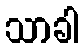
သာခါ